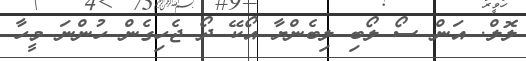
ލޮލް. އަން ސޯ ލޯބި ލިބެންޔާ އޯކޭ ދޯ ޖެހިގެން ހުންނަ މީހާ